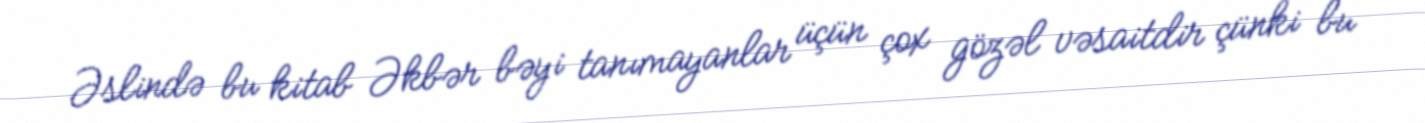
Əslində bu kitab Əkbər bəyi tanımayanlar üçün çox gözəl vəsaitdir çünki bu